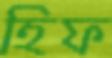
হিফ